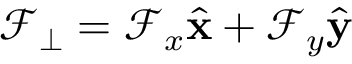
\mathcal { F } _ { \perp } = \mathcal { F } _ { x } \hat { \mathbf { x } } + \mathcal { F } _ { y } \hat { \mathbf { y } }